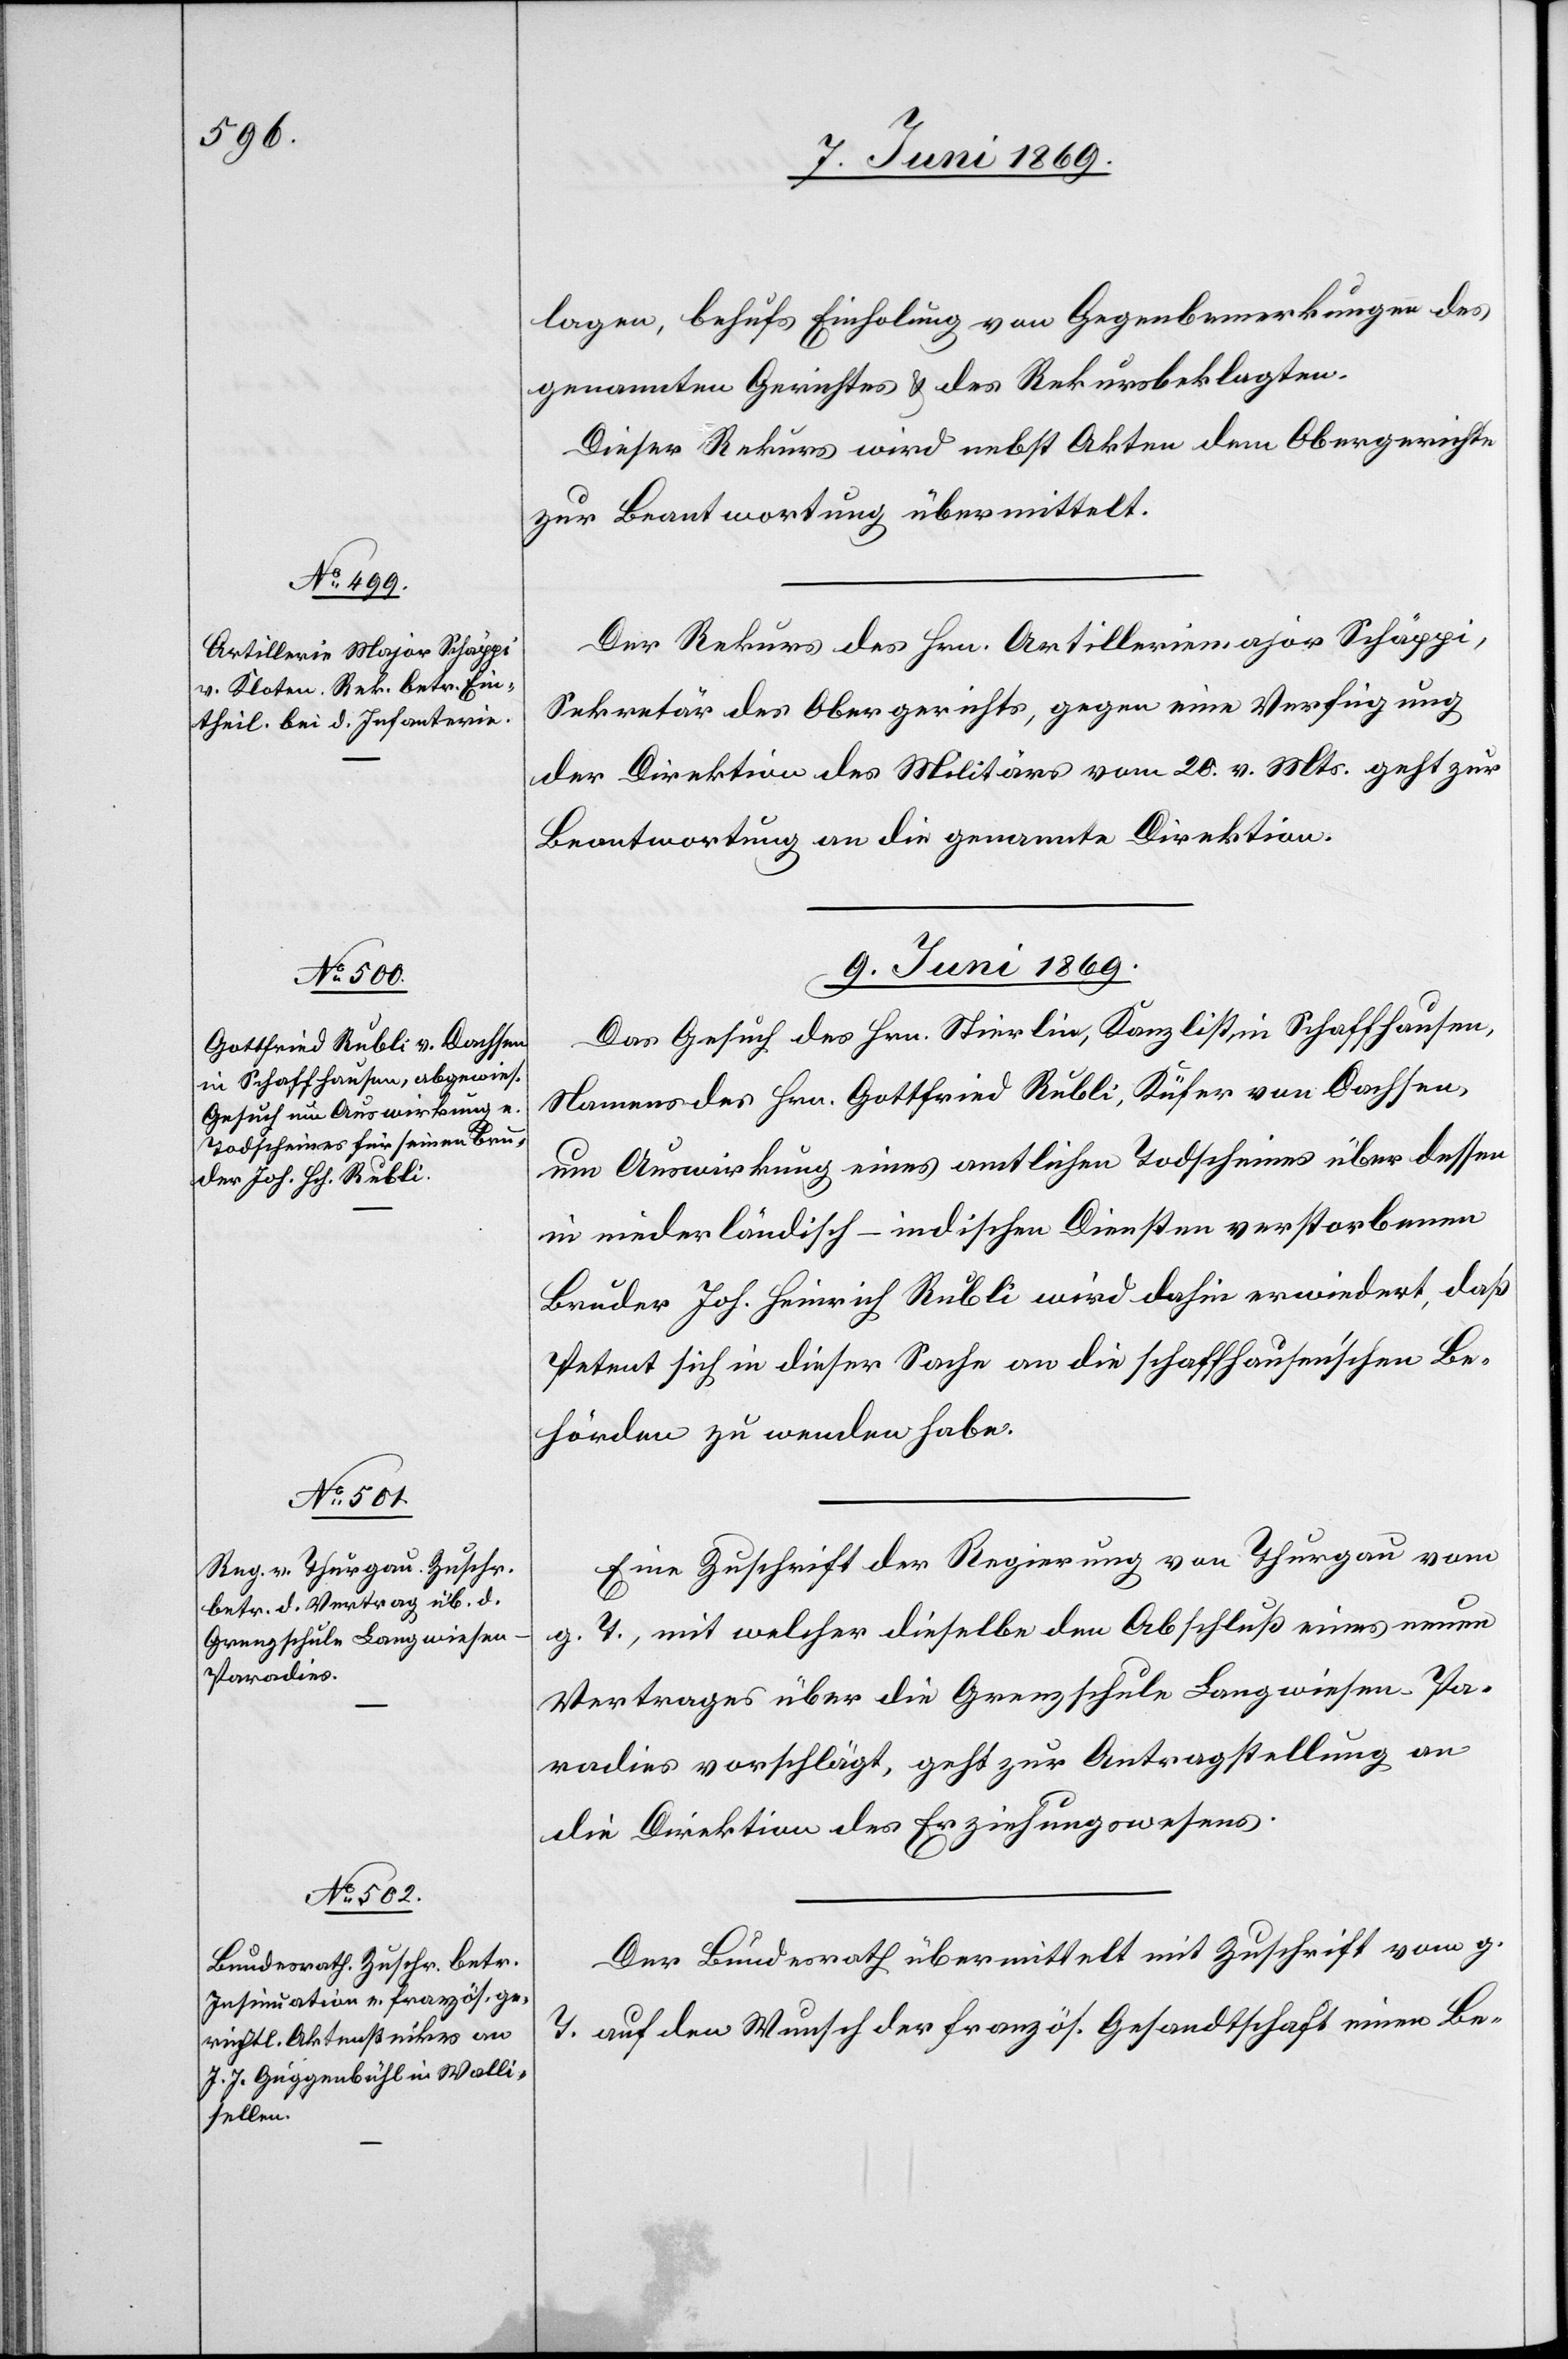
8. Juni 1869.]
lagen, behufs Einholung von Gegenbemerkungen des
genannten Gerichtes u. des Rekursbeklagten.
Dieser Rekurs wird nebst Akten dem Obergerichte
zur Beantwortung übermittelt.
Der Rekurs des Hrn. Artilleriemajor Schäppi,
Sekretär des Obergerichts, gegen eine Verfügung
der Direktion des Militärs vom 20. v. Mts. geht zur
Beantwortung an die genannte Direktion.
9. Juni 1869.]
Das Gesuch des Hrn. Stierlin, Kanzlist in Schaffhausen,
Namens des Hrn. Gottfried Rubli, Küfer von Dachsen,
um Auswirkung eines amtlichen Todscheines über dessen
in niederländisch-indischen Diensten verstorbenen
Bruder Joh. Heinrich Rubli wird dahin erwiedert, daß
Petent sich in dieser Sache an die schaffhausen’schen Be¬
hörden zu wenden habe.
Eine Zuschrift der Regierung von Thurgau vom
g. T., mit welcher dieselbe den Abschluß eines neuen
Vertrages über die Grenzschule Langwiesen Pa¬
radies vorschlägt, geht zur Antragstellung an
die Direktion des Erziehungswesens.
Der Bundesrath übermittelt mit Zuschrift vom g.
T. auf den Wunsch der französ. Gesandtschaft einen Be-